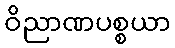
ဝိညာဏပစ္စယာ